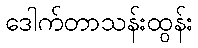
ဒေါက်တာသန်းထွန်း